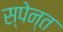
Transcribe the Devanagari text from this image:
स्पेन्त